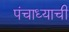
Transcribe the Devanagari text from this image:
पंचाध्याची